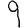
Digit: 9